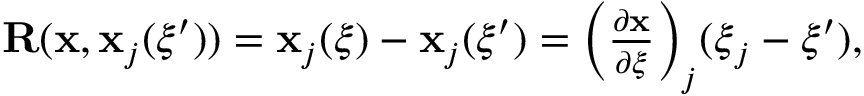
\begin{array} { r } { \mathbf { R } ( \mathbf { x } , \mathbf { x } _ { j } ( \boldsymbol { \xi } ^ { \prime } ) ) = \mathbf { x } _ { j } ( \boldsymbol { \xi } ) - \mathbf { x } _ { j } ( \boldsymbol { \xi } ^ { \prime } ) = \bigg ( \frac { \partial \mathbf { x } } { \partial \boldsymbol { \xi } } \bigg ) _ { j } ( \boldsymbol { \xi } _ { j } - \boldsymbol { \xi } ^ { \prime } ) , } \end{array}